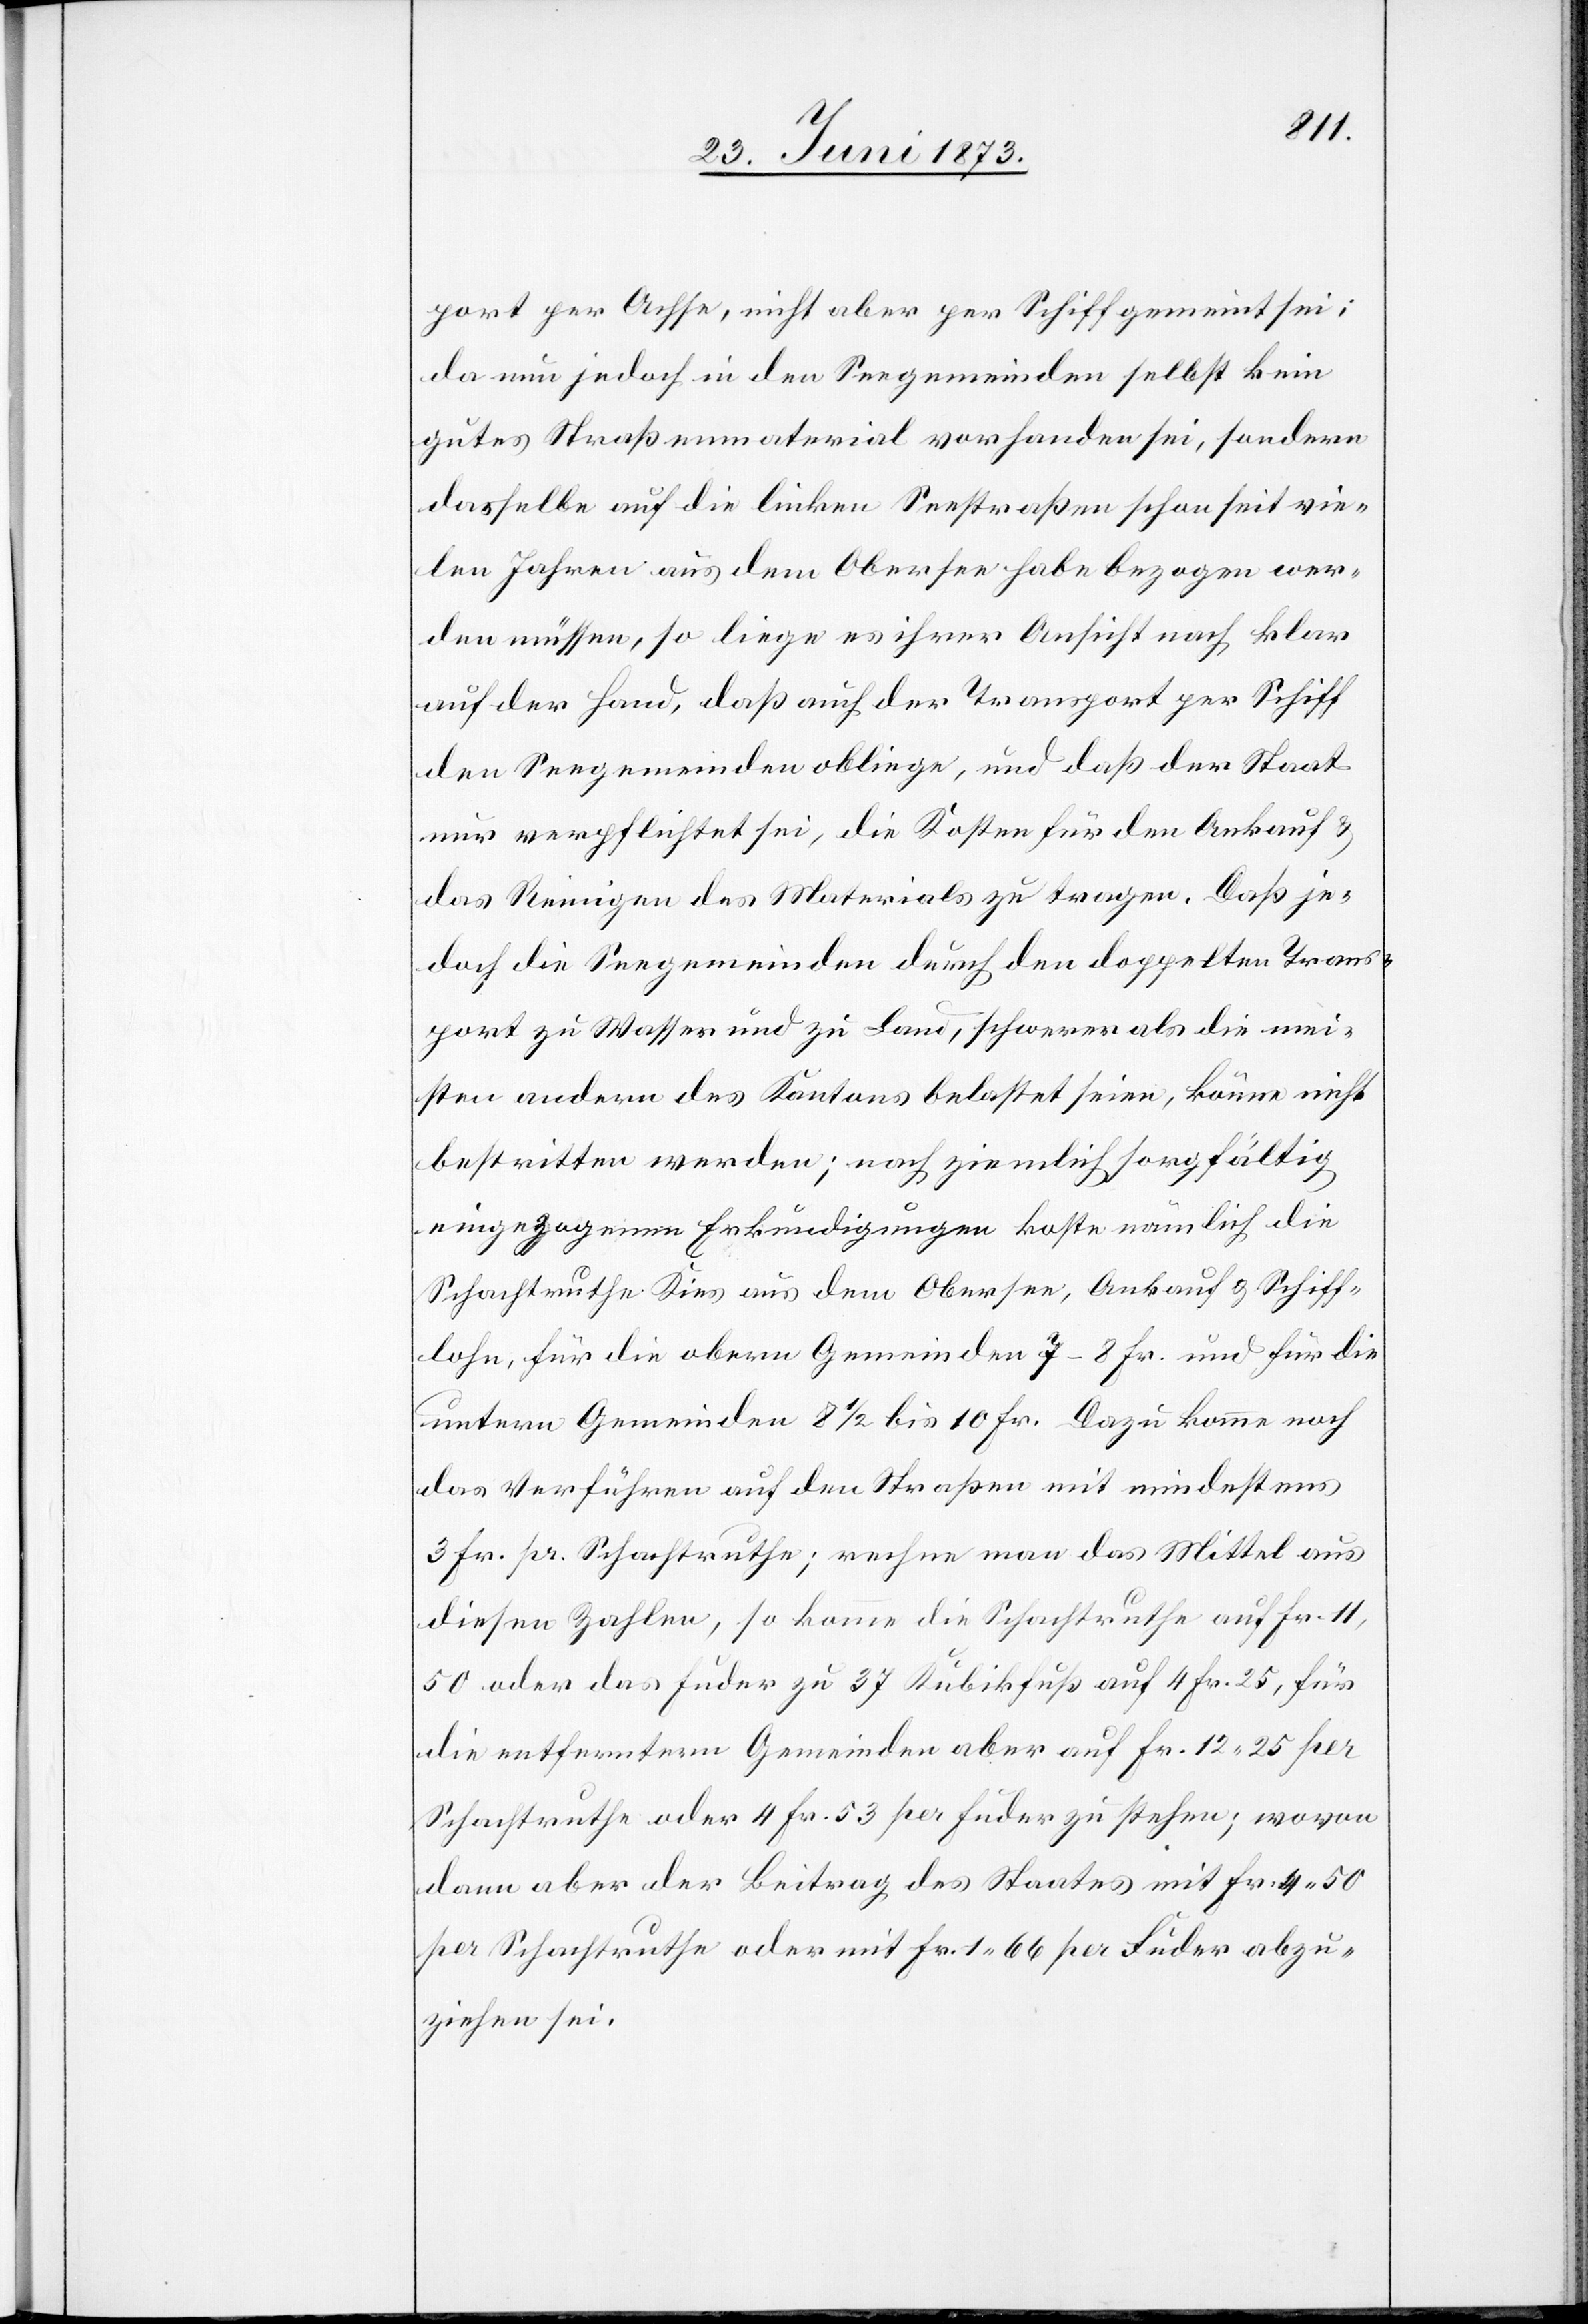
port per Ochse, nicht aber per Schiff gemeint sei;
da nun jedoch in den Seegemeinden selbst kein
gutes Straßenmaterial vorhanden sei, sondern
dasselbe auf die linken Seestraßen schon seit vie¬
len Jahren aus dem Obersee habe bezogen wer¬
den müssen, so liege es ihrer Ansicht nach klar
auf der Hand, daß auch der Transport per Schiff
den Seegemeinden obliege, und daß der Staat
nur verpflichtet sei, die Kosten für den Ankauf &
das Reinigen des Materials zu tragen. Daß je¬
doch die Seegemeinden durch den doppelten Trans¬
port zu Wasser und zu Land, schwerer als die mei¬
sten andern des Kantons belastet seien, könnte nicht
bestritten werden; nach ziemlich sorgfältig
eingezogenen Erkundigungen koste nämlich die
Schachtruthe Kies aus dem Obersee, Ankauf & Schiff¬
lohn, für die obern Gemeinden 7–8 Fr. und für die
untern Gemeinden 8 1/2 bis 10 Fr. Dazu komme noch
das Verführen auf den Straßen mit mindestens
3 Fr. pr. Schachtruthe; rechne man das Mittel aus
diesen Zahlen, so komme die Schachtruthe auf Fr.
11,50 oder das Fuder zu 37 Kubikfuß auf 4 Fr. 25, für
die entferntern Gemeinden aber auf Fr. 12 25 per
Schachtruthe oder 4 Fr. 53 per Fuder zu stehen; wovon
dann aber der Beitrag des Staates mit Fr. 4 50
per Schachtruthe oder mit Fr. 1 66 per Fuder abzu¬
ziehen sei.